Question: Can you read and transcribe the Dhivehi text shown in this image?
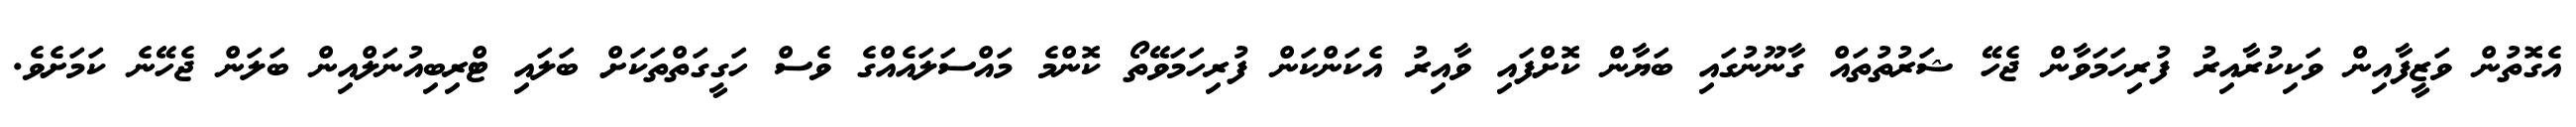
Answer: އެގޮތުން ވަޒީފާއިން ވަކިކުރާއިރު ފުރިހަމަވާން ޖެހޭ ޝަރުތުތައް ގާނޫނުގައި ބަޔާން ކޮށްފައި ވާއިރު އެކަންކަން ފުރިހަމަވޭތޯ ކޮންމެ މައްސަލައެއްގެ ވެސް ހަގީގަތްތަކަށް ބަލައި ޓްރިބިއުނަލްއިން ބަލަން ޖެހޭނެ ކަމަށެވެ.